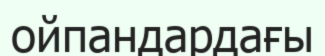
ойпандардағы